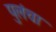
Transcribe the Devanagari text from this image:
पुलंचा